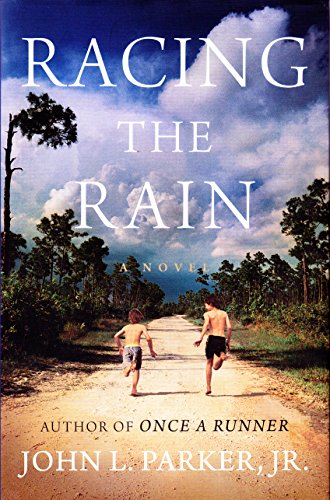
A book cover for Racing the Rain: A Novel; John L. Parker Jr.; Literature & Fiction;